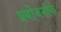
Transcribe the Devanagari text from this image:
प्रयोजनोंके